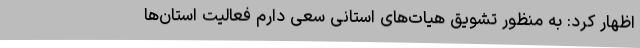
اظهار کرد: به منظور تشویق هیات‌های استانی سعی دارم فعالیت استان‌ها